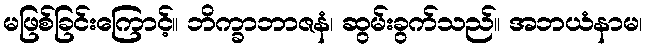
မဖြစ်ခြင်းကြောင့်။ ဘိက္ခာဘာဇနံ၊ ဆွမ်းခွက်သည်။ အဘယံနာမ၊